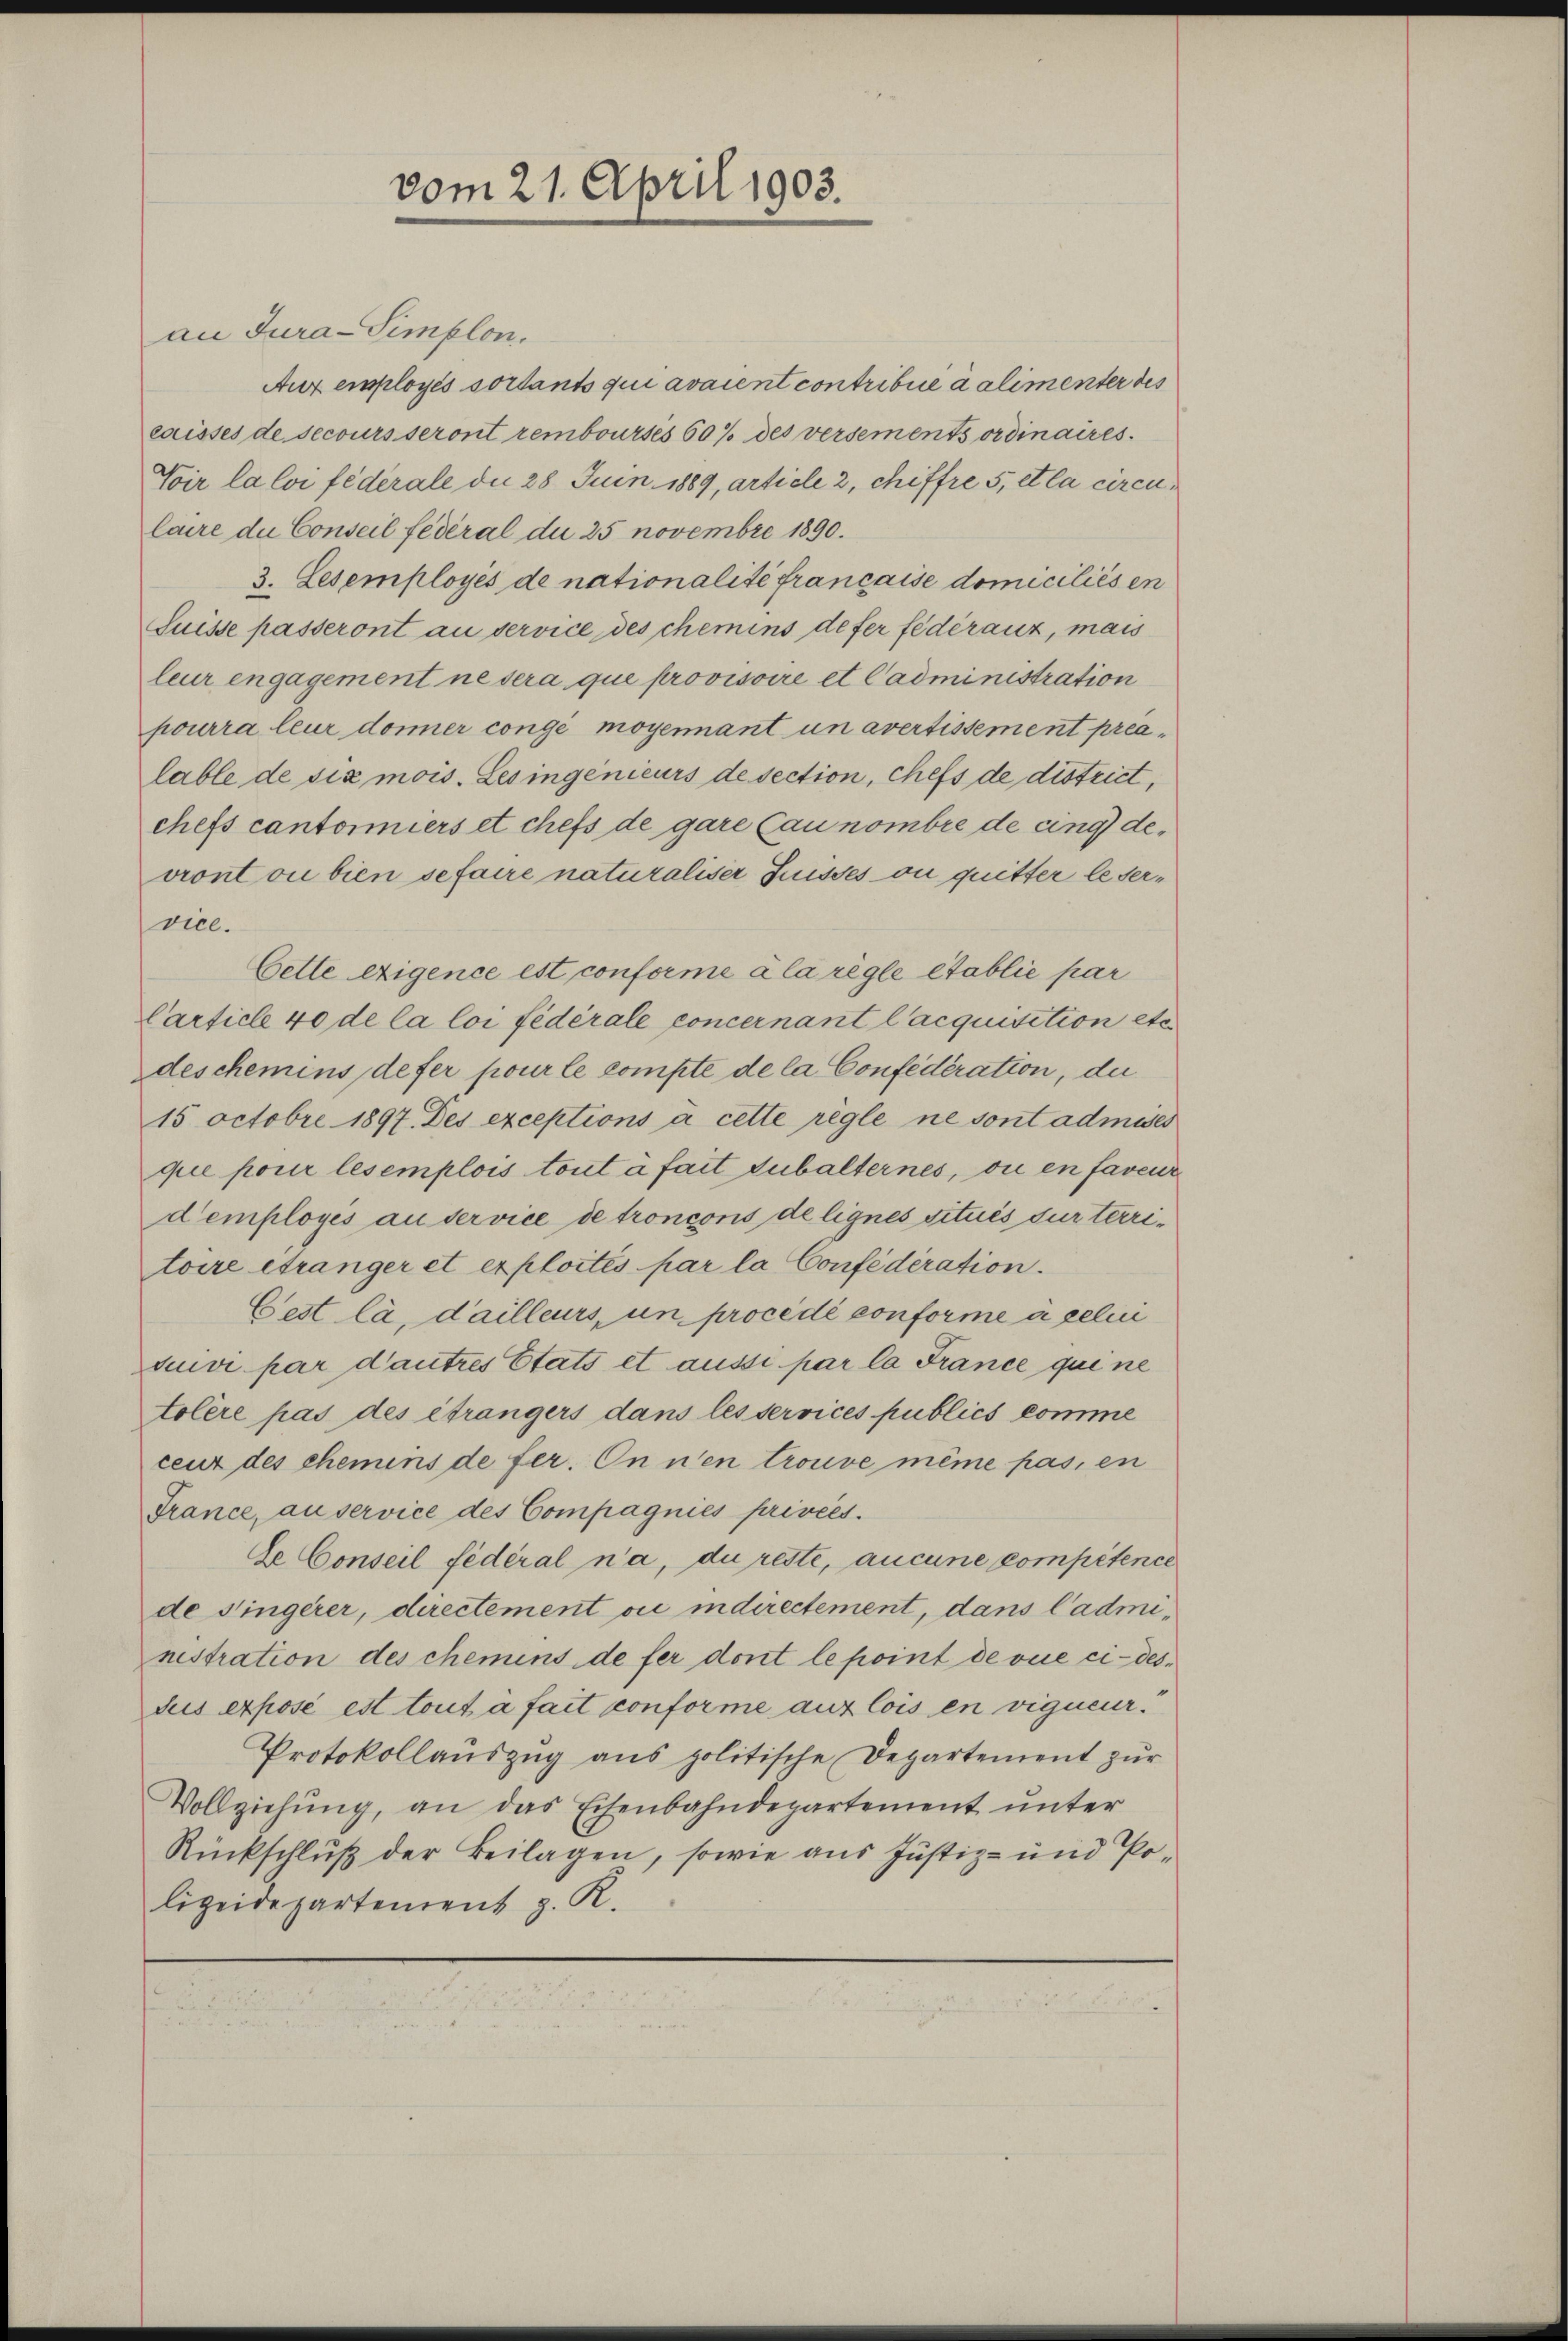
au Jura-Simplon.
Auz employés sortants qui avaient contribue a alimenter des
caisses de secours seront rembourses 60% des versements ordinaires.
Voir la loi fédérale du 28 Juin 1889, article 2, chiffre 5, et la circulaire du Conseil fédéral du 25 novembre 1890.
3. Lesemployés de nationalité francaise domiciliés en
Suisse passeront au service des chemins defer fédéraux, mais
leur engagement ne sera que provisoire et Cadministration
pourra leur doner congé moyennant un avertissement prealable de six mois. Les ingenieurs de section, chefs de district,
chefs cantormiers et chefs de gare Cau nombre de cing devront ou bien se faire naturaliser Suisses ou quitter leservice.
Cette exigence est conforme à la règle établie par
Carticle 40 de la loi fédérale concernant l’acquisition etc.
deschemins, defer pour le compte de la Confédération, die
15 Octobre 1897. Des exceptions à cette règle ne sont admises
que pour lesemplois tout à fait Subalternes, ou en faveur
d’employés au service de troncons de lignes situés sur territoire étranger et exploités par la Confédération.
Cest là, d’ailleurs, un procédé conforme ägelin
suivi par d’autres Etats et aussi par la France qui ne
tolère pas des étrangers dans les services publics komme
cenz des ehemins de fer. On nen trouve même pas, en
France, auservice des Compagnies privées.
Se Conseil fédéral n’a, du reste, aucune compétence
de singerer, directement vi indirectement, dans l’adminestration des chemens de fer dont le point de vie ci-desdus exposé est tout à fait conforme aux lois en vigueur¬
Protokollaŭszŭg ans politische Departement zŭr
Vollziehŭng, an das Eisenbahndepartement unter
Rückschluß der Beilagen, sowie aus Justiz- und Polizeidepartement z. R.

vom 21. April 1903.